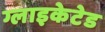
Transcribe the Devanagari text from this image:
ग्लाइकेटेड